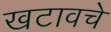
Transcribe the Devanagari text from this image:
खटावचे